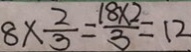
8 \times \frac { 2 } { 3 } = \frac { 1 8 \times 2 } { 3 } = 1 2